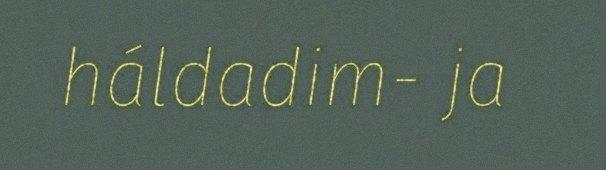
háldadim- ja